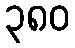
၃၈၀